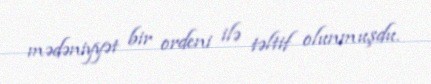
mədəniyyət bir ordeni ilə təltif olunmuşdu.